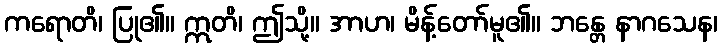
ကရောတိ၊ ပြု၏။ ဣတိ၊ ဤသို့။ အာဟ၊ မိန့်တော်မူ၏။ ဘန္တေ နာဂသေန၊